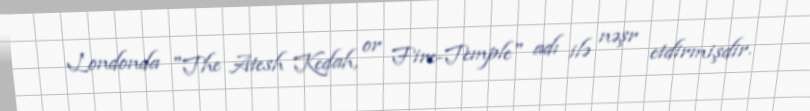
Londonda "The Atesh Kedah, or Fire-Temple" adı ilə nəşr etdirmişdir.